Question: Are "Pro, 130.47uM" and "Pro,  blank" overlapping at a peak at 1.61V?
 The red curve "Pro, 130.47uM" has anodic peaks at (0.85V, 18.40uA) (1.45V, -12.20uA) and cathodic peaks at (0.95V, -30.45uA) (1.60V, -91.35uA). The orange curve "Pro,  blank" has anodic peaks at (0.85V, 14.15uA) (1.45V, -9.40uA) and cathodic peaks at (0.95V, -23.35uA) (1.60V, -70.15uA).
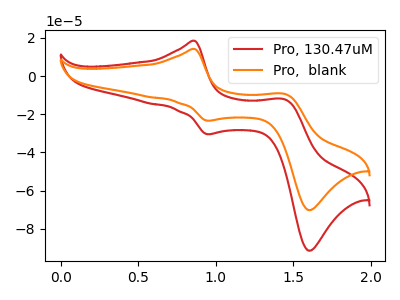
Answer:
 <answer>Yes, "Pro, 130.47uM" and "Pro,  blank" share a peak at 1.61V.</answer>
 <eval>match</eval>